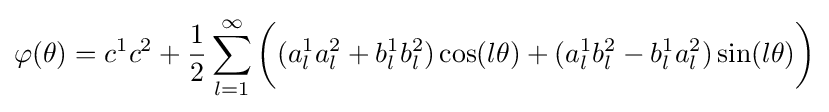
\varphi (\theta )=c^{1}c^{2}+{\frac {1}{2}}\sum \limits _{l=1}^{\infty }{\bigg (}(a_{l}^{1}a_{l}^{2}+b_{l}^{1}b_{l}^{2})\cos(l\theta )+(a_{l}^{1}b_{l}^{2}-b_{l}^{1}a_{l}^{2})\sin(l\theta ){\bigg )}